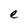
Character: e